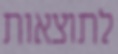
לתוצאות